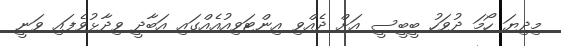
މިދިޔަ ހޯމަ ދުވަހު ބީބީސީ އަށް ދެއްވި އިންޓަވިއުއެއްގައި އަބާދީ ވިދާޅުވެފައި ވަނީ